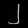
Digit: ၂